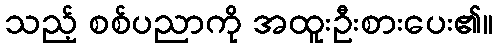
သည့် စစ်ပညာကို အထူးဦးစားပေး၏။